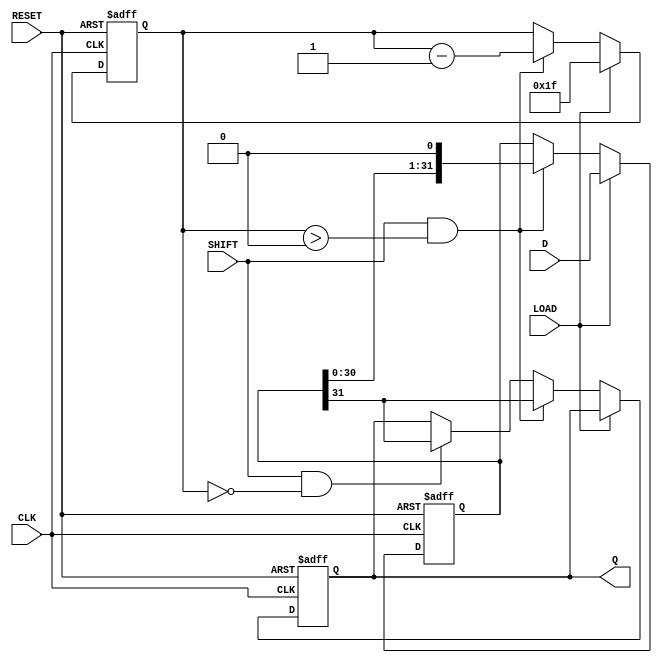
module PISO_Register (
    input wire [31:0] D,      // 32-bit parallel data input
    output reg Q,             // Serial output
    input wire LOAD,          // Load control signal
    input wire SHIFT,         // Shift control signal
    input wire CLK,           // Clock signal
    input wire RESET          // Reset control signal
);
    reg [31:0] shift_reg;     // Internal shift register to hold data
    reg [5:0] bit_count;      // Bit counter to keep track of shifts

    always @(posedge CLK or posedge RESET) begin
        if (RESET) begin
            shift_reg <= 32'b0; // Clear the register on reset
            Q <= 1'b0;          // Set output to 0 on reset
            bit_count <= 6'b0;  // Reset bit counter
        end else if (LOAD) begin
            shift_reg <= D;     // Load parallel data into the shift register
            bit_count <= 6'd31; // Set counter to 31 (MSB to be shifted out first)
        end else if (SHIFT && bit_count > 0) begin
            Q <= shift_reg[31]; // Output the MSB
            shift_reg <= {shift_reg[30:0], 1'b0}; // Shift left, inserting 0 at LSB
            bit_count <= bit_count - 1; // Decrement counter
        end else if (SHIFT && bit_count == 0) begin
            Q <= shift_reg[31]; // Continue outputting the last bit
            // Optionally you can clear or maintain the last state
            // shift_reg <= shift_reg; // Maintain the last shifted out state
        end
    end
endmodule